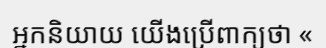
អ្នកនិយាយ យើងប្រើពាក្យថា «